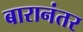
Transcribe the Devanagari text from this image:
बारानंतर